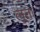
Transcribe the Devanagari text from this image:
लूता